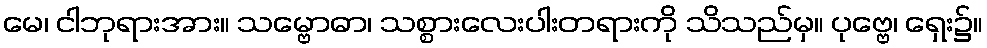
မေ၊ ငါဘုရားအား။ သမ္ဗောဓာ၊ သစ္စားလေးပါးတရားကို သိသည်မှ။ ပုဗ္ဗေ၊ ရှေး၌။